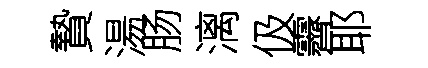
贄湯肠漓伋霽耶